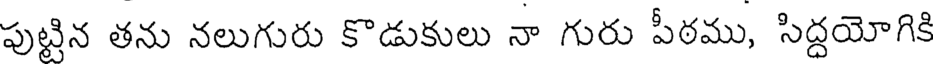
పుట్టిన తను నలుగురు కొడుకులు నా గురు పీఠము, సిద్దయోగికి